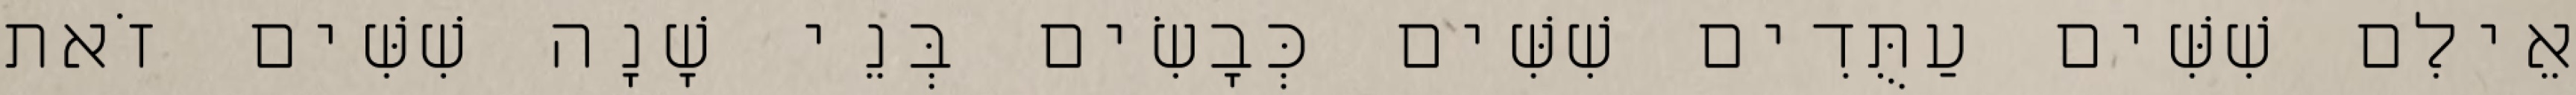
אֵילִם שִׁשִּׁים עַתֻּדִים שִׁשִּׁים כְּבָשִׂים בְּנֵי שָׁנָה שִׁשִּׁים זֹאת